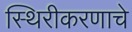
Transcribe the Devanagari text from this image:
स्थिरीकरणाचे